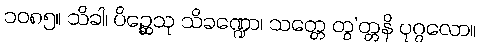
၁၀၈၅။ သိခါ၊ ပိဉ္ဆေသု သိခဏ္ဍော၊ သတ္တေ တွ’တ္တနိ ပုဂ္ဂလော။